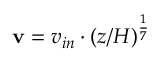
\mathbf { v } = v _ { i n } \cdot ( z / H ) ^ { \frac { 1 } { 7 } }